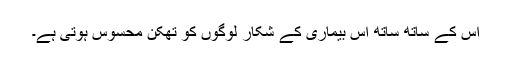
اس کے ساتھ ساتھ اس بیماری کے شکار لوگوں کو تھکن محسوس ہوتی ہے۔